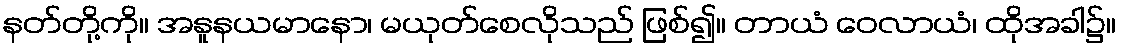
နတ်တို့ကို။ အနူနယမာနော၊ မယုတ်စေလိုသည် ဖြစ်၍။ တာယံ ဝေလာယံ၊ ထိုအခါ၌။